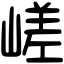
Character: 嵯